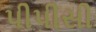
પીપીસી